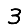
Digit: 3